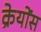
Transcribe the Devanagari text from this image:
क्रेयोंस